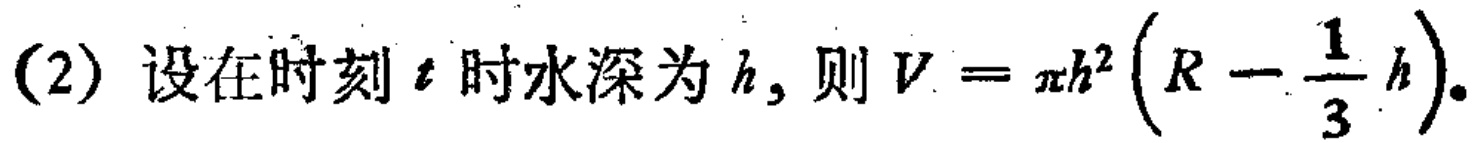
(2) 设在时刻 \(t\) 时水深为 \(h\), 则 \(V = \pi h^{2}\left(R - \frac{1}{3}h\right)\).